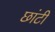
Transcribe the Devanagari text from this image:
छांटी